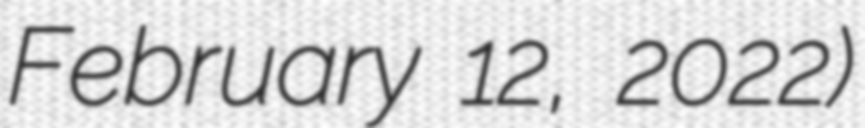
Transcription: February 12, 2022)